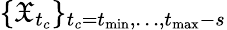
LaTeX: \{ \mathfrak{X}_{t_{c}}\} _{t_{c}=t_{\operatorname*{min}},\dots,t_{\operatorname*{max}}-s}